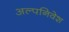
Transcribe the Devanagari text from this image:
अल्पनिवेश